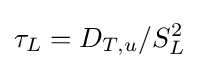
\tau _{L}=D_{T,u}/S_{L}^{2}